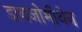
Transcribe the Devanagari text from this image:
डायजोमीथेन